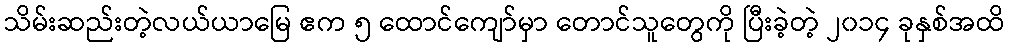
သိမ်းဆည်းတဲ့လယ်ယာမြေ ဧက ၅ ထောင်ကျော်မှာ တောင်သူတွေကို ပြီးခဲ့တဲ့ ၂၀၁၄ ခုနှစ်အထိ